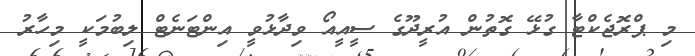
މި ޕްރޮޖެކްޓާ ގުޅޭ ގޮތުން އުރީދޫގެ ސީއީއޯ ވިދާޅުވީ އިންޓަނެޓް ލިބުމަކީ މިހާރު